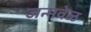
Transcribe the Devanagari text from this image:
जन्मवेळ